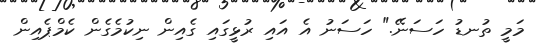
މަމީ ތުނޑު ހަސަނޭ." ހަސަނު އެ އައި ރުޅީގައި ގެއިން ނިކުމެގެން ކެމްޕެއިން